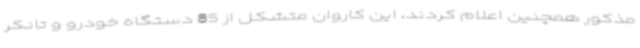
مذکور همچنین اعلام کردند، این کاروان متشکل از 85 دستگاه خودرو و تانکر